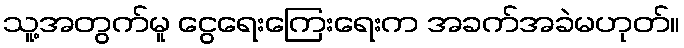
သူ့အတွက်မူ ငွေရေးကြေးရေးက အခက်အခဲမဟုတ်။